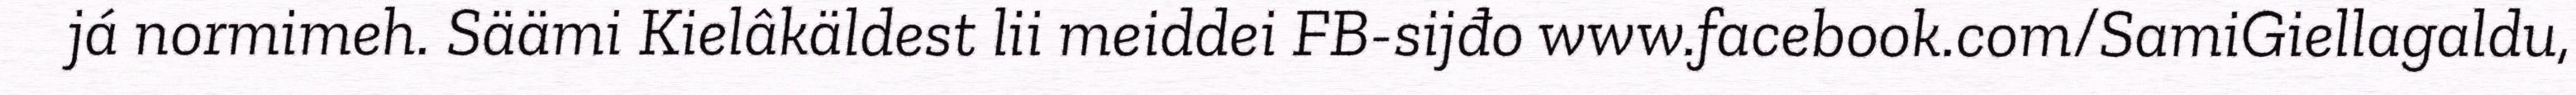
já normimeh. Säämi Kielâkäldest lii meiddei FB-sijđo www.facebook.com/SamiGiellagaldu,